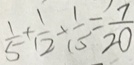
\frac { 1 } { 5 } + \frac { 1 } { 1 2 } \times \frac { 1 } { 1 5 } = \frac { 7 } { 2 0 }